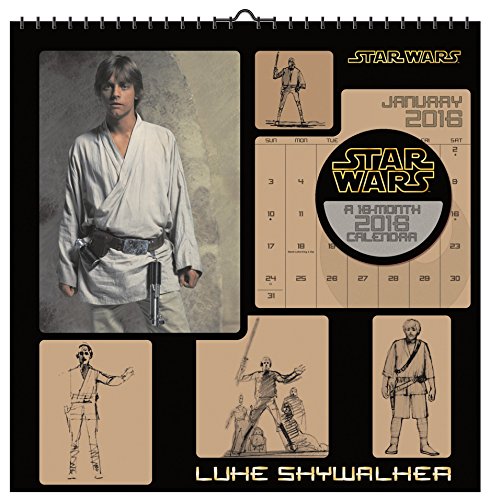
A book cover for Star Wars Saga 2016 Art Calendar; Trends International; Calendars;